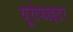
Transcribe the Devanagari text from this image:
यूरोफाइटर